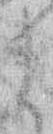
ま